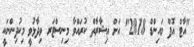
"އާޓް އޮފް މައިންޑް 2018" އަށް ޢިޝާރާތް ކުރައްވާ މިނިސްޓަރ ވިދާޅުވީ މިކުދިންނަކީ